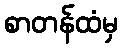
စာတန်ထံမှ